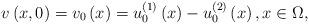
LaTeX: \begin{align*}v\left( x,0\right) =v_{0}\left( x\right) =u_{0}^{\left( 1\right) }\left(x\right) -u_{0}^{\left( 2\right) }\left( x\right) ,x\in \Omega ,\end{align*}